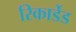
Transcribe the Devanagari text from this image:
रिकार्डेड